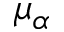
\mu _ { \alpha }